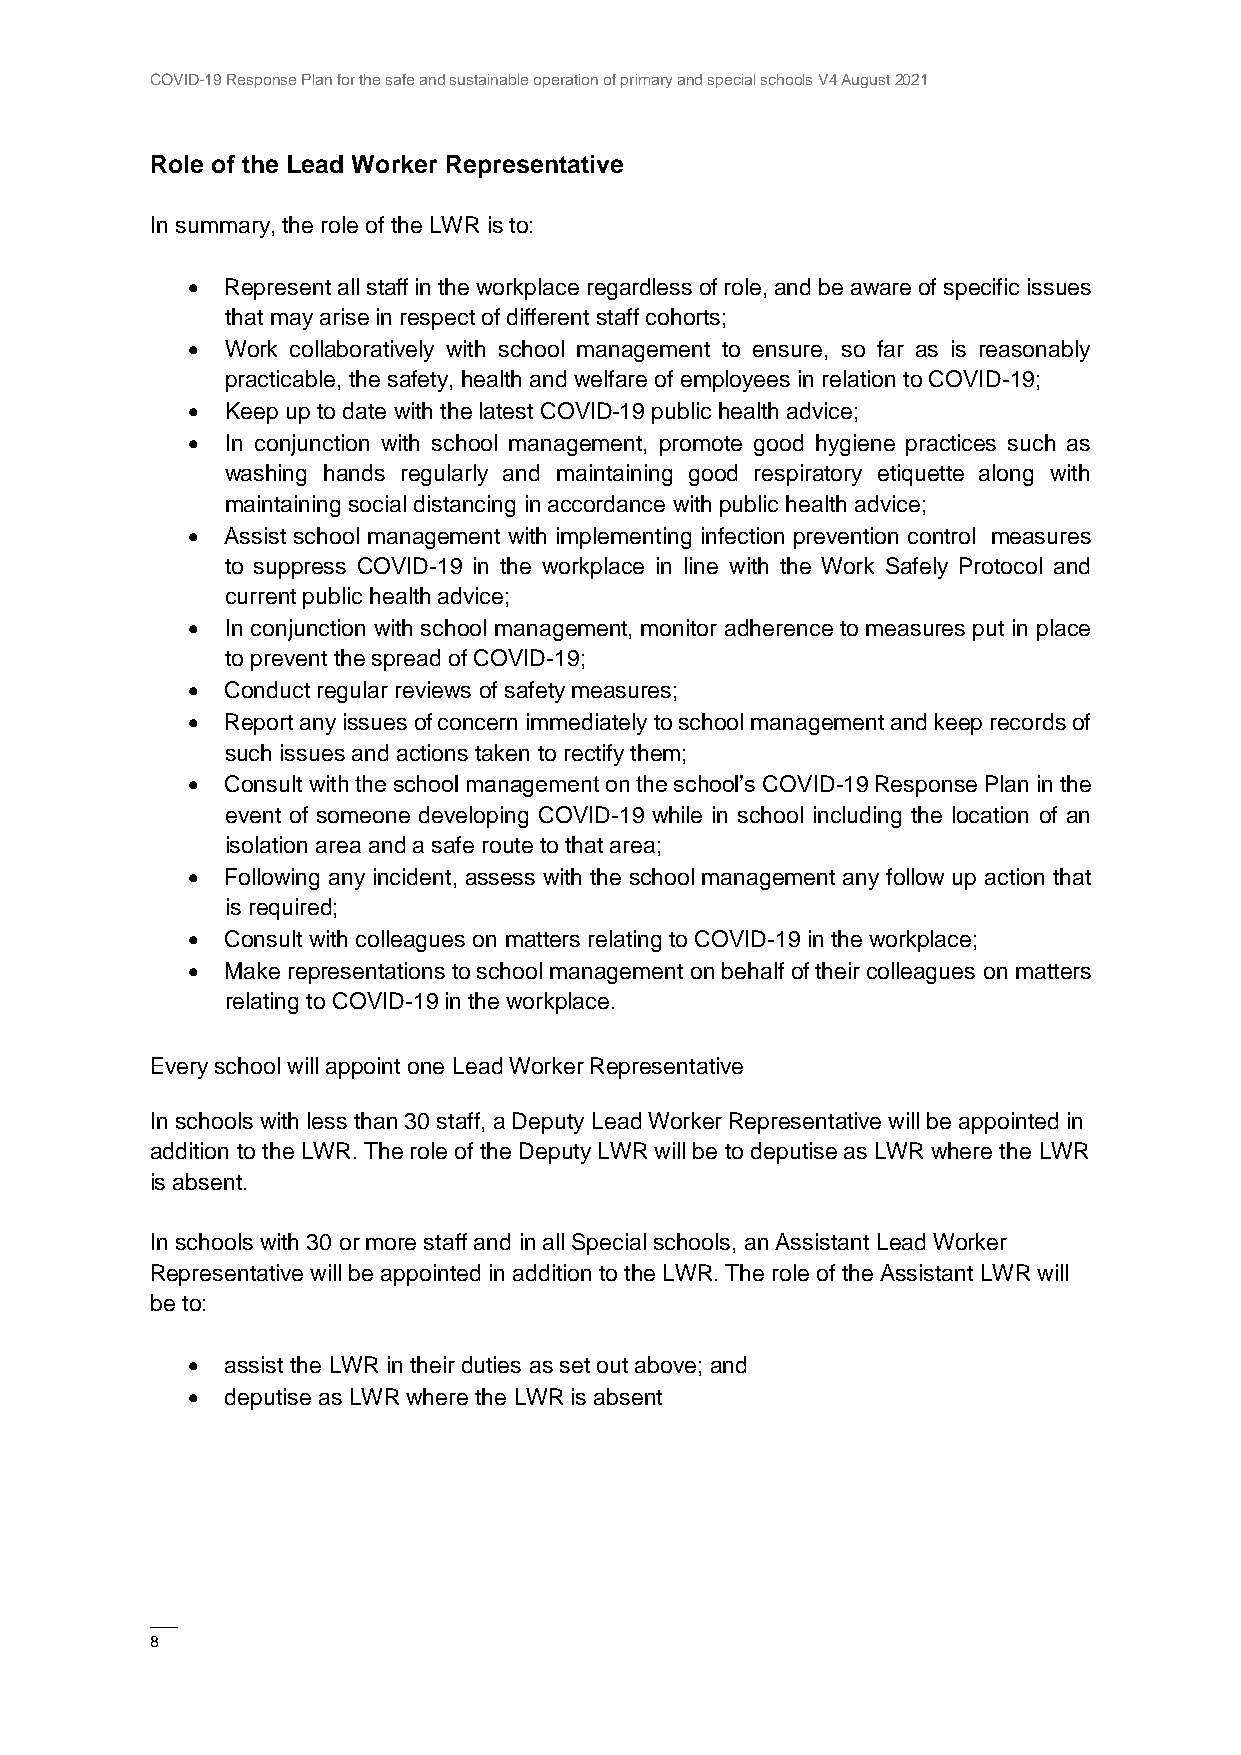
COVID-19 Response Plan for the safe and sustainable operation of primary and special schools V4 August 2021
 Role of the Lead Worker Representative
 In summary, the role of the LWR is to:
   Represent all staff in the workplace regardless of role, and be aware of specific issues
 that may arise in respect of different staff cohorts;
   Work collaboratively with school management to ensure, so far as is reasonably
 practicable, the safety, health and welfare of employees in relation to COVID-19;
   Keep up to date with the latest COVID-19 public health advice;
   In conjunction with school management, promote good hygiene practices such as
 washing hands regularly and maintaining good respiratory etiquette along with
 maintaining social distancing in accordance with public health advice;
   Assist school management with implementing infection prevention control measures
 to suppress COVID-19 in the workplace in line with the Work Safely Protocol and
 current public health advice;
   In conjunction with school management, monitor adherence to measures put in place
 to prevent the spread of COVID-19;
   Conduct regular reviews of safety measures;
   Report any issues of concern immediately to school management and keep records of
 such issues and actions taken to rectify them;
   Consult with the school management on the school’s COVID-19 Response Plan in the
 event of someone developing COVID-19 while in school including the location of an
 isolation area and a safe route to that area;
   Following any incident, assess with the school management any follow up action that
 is required;
   Consult with colleagues on matters relating to COVID-19 in the workplace;
   Make representations to school management on behalf of their colleagues on matters
 relating to COVID-19 in the workplace.
 Every school will appoint one Lead Worker Representative
 In schools with less than 30 staff, a Deputy Lead Worker Representative will be appointed in
 addition to the LWR. The role of the Deputy LWR will be to deputise as LWR where the LWR
 is absent.
 In schools with 30 or more staff and in all Special schools, an Assistant Lead Worker
 Representative will be appointed in addition to the LWR. The role of the Assistant LWR will
 be to:
   assist the LWR in their duties as set out above; and
   deputise as LWR where the LWR is absent
 ——
 8